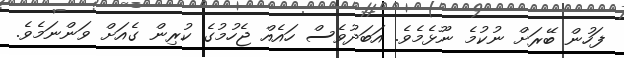
ފަހުން ބޭރަށް ނުކުމެ ނޫޅެމެވެ. އަބަދުވެސް ހައެއް ޖެހުމުގެ ކުރިން ގެއަށް ވަންނަމެވެ.